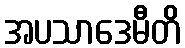
အပသာဒေမီတိ